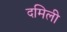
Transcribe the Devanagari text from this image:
दमिली